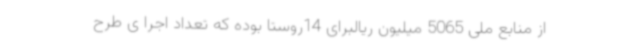
از منابع ملی 5065 میلیون ریالبرای 14روستا بوده که تعداد اجرا ی طرح